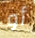
أو